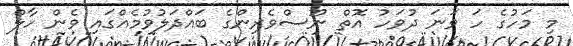
މި މަހުގެ ހަ ވަނަ ދުވަހު އޮތް ނޫސްވެރިންގެ ބައްދަލުވުމެއްގައި ވެން ހާލް